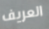
العريف